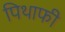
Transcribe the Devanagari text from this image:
पिथाफी